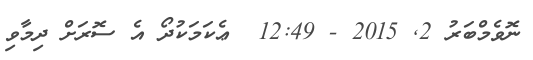
ނޮވެމްބަރު 2